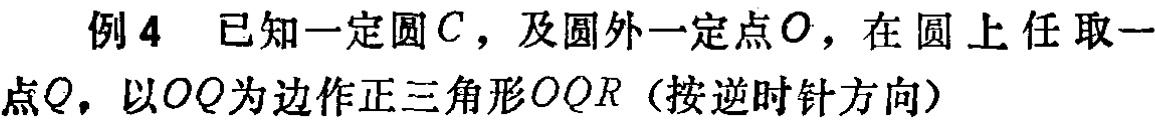
例4 已知一定圆\(C\)，及圆外一定点\(O\)，在圆上任取一点\(Q\)，以\(OQ\)为边作正三角形\(OQR\)（按逆时针方向）